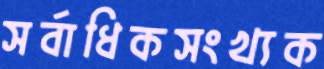
সর্বাধিকসংখ্যক